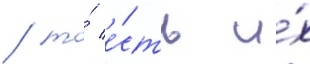
/ то́ е́сть и́х